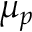
\mu _ { p }